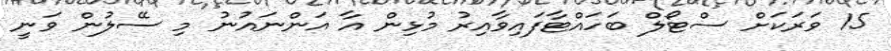
15 ވަރަކަށް ސްޓޯލް ބަހައްޓާފައިވާއިރު މުޅިން އާ އަންނައުނު މި ސޭލުން ވަނީ